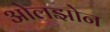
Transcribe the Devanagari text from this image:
ओलझोन